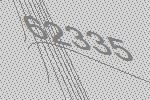
62335